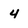
Character: 4